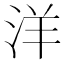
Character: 洋